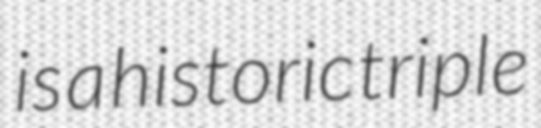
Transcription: is a historic triple